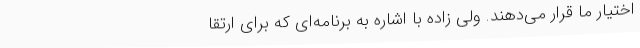
اختیار ما قرار می‌دهند. ولی زاده با اشاره به برنامه‌ای که برای ارتقا